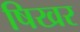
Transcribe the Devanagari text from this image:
षिखर